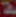
ة